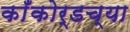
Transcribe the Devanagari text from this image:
काँकोर्डच्या